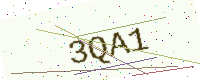
Text: 3QA1